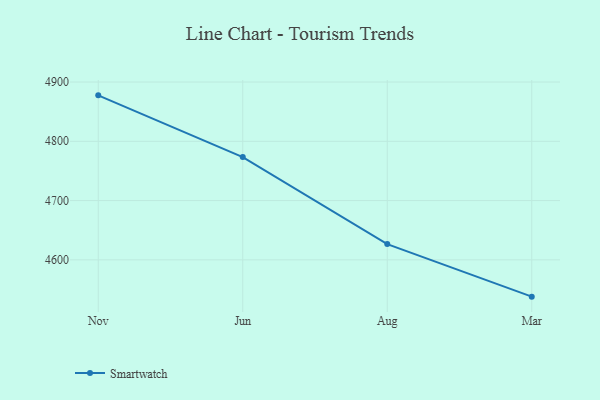
{"axis": {"x": "Month", "y": "LTV (USD)"}, "legend": ["Smartwatch"], "data": [{"x": "Nov", "y": 4877.5, "type": "Smartwatch"}, {"x": "Jun", "y": 4773.4, "type": "Smartwatch"}, {"x": "Aug", "y": 4626.6, "type": "Smartwatch"}, {"x": "Mar", "y": 4537.9, "type": "Smartwatch"}]}